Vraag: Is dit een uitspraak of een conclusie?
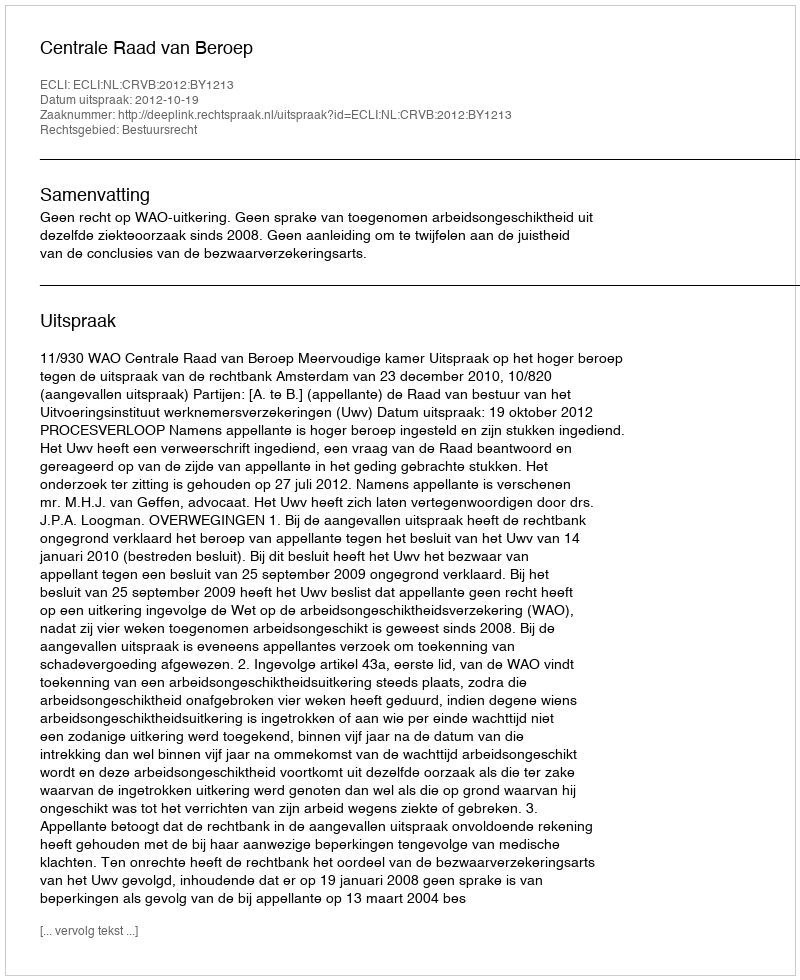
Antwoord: Uitspraak